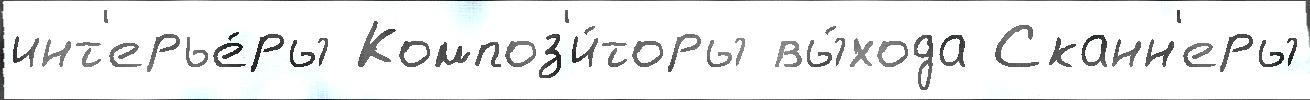
инт'ерье́ры Композ'и́торы вы́хода Сканн'еры